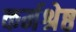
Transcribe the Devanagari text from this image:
कर्मश्रेष्ठ